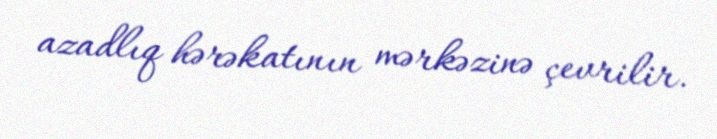
azadlıq hərəkatının mərkəzinə çevrilir.